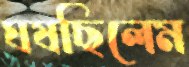
ঘষছিলেম